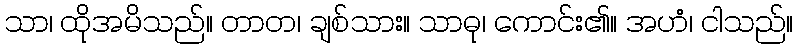
သာ၊ ထိုအမိသည်။ တာတ၊ ချစ်သား။ သာဓု၊ ကောင်း၏။ အဟံ၊ ငါသည်။